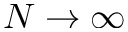
N \rightarrow \infty